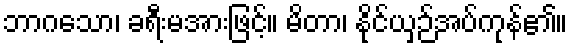
ဘာဂသော၊ ခရီးမအားဖြင့်။ မိတာ၊ နိုင်ယှဉ်အပ်ကုန်၏။